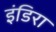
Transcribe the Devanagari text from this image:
इंडिरा